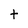
Character: t